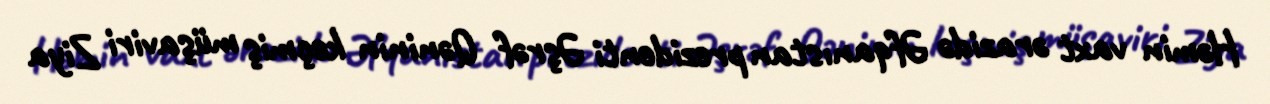
Həmin vaxt ərazidə Əfqanıstan prezidenti Əşrəf Qəninin keçmiş müşaviri Ziya